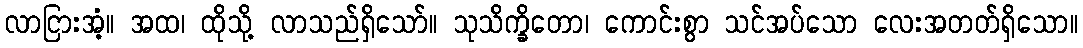
လာငြားအံ့။ အထ၊ ထိုသို့ လာသည်ရှိသော်။ သုသိက္ခိတော၊ ကောင်းစွာ သင်အပ်သော လေးအတတ်ရှိသော။